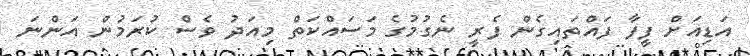
އަޑިއަށް ފީފާ ފައްތައިގެން ފެރީ ނެގުމުގެ މަސައްކަތް މިއަދު ވެސް ކުރަމުން އަންނަ